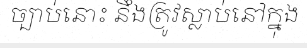
ច្បាប់នោះ នឹងត្រូវស្លាប់នៅក្នុង